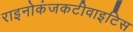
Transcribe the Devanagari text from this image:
राइनोकंजकटीवाइटिस